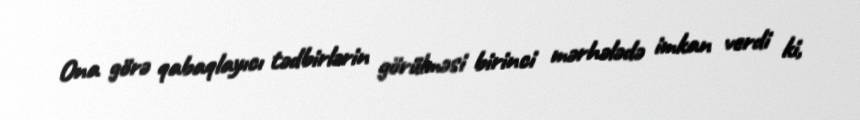
Ona görə qabaqlayıcı tədbirlərin görülməsi birinci mərhələdə imkan verdi ki,